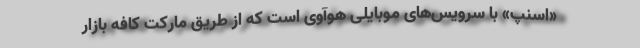
«اسنپ» با سرویس‌های موبایلی هوآوی است که از طریق مارکت کافه بازار